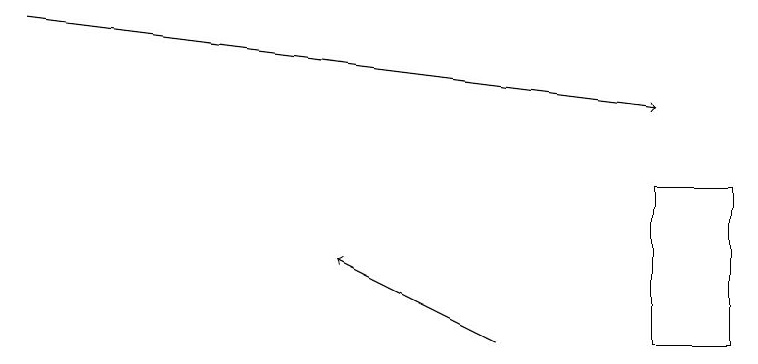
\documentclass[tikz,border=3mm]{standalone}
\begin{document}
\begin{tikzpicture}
\draw (9,14) rectangle (8,12);
\draw[->] (6,12) -- (4,13);
\draw[->] (0,16) -- (8,15);
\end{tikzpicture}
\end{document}